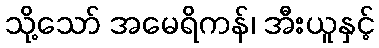
သို့သော် အမေရိကန်၊ အီးယူနှင့်